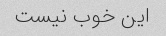
این خوب نیست